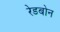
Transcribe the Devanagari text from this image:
रेडबोन